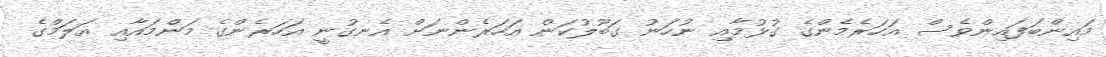
މައިންބަފައިންވެސް އަހަރެމެންގެ ގުޅުމާއި ނުހަނު ގަބޫލުކަން އަހަރެންނަށް އެނގުނީ އަހަރެންގެ މަންމައާއި އަލަމްގެ